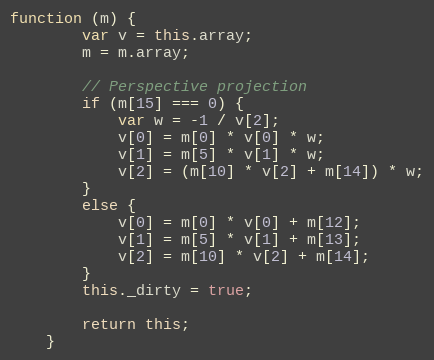
Language: JavaScript
function (m) {
        var v = this.array;
        m = m.array;

        // Perspective projection
        if (m[15] === 0) {
            var w = -1 / v[2];
            v[0] = m[0] * v[0] * w;
            v[1] = m[5] * v[1] * w;
            v[2] = (m[10] * v[2] + m[14]) * w;
        }
        else {
            v[0] = m[0] * v[0] + m[12];
            v[1] = m[5] * v[1] + m[13];
            v[2] = m[10] * v[2] + m[14];
        }
        this._dirty = true;

        return this;
    }